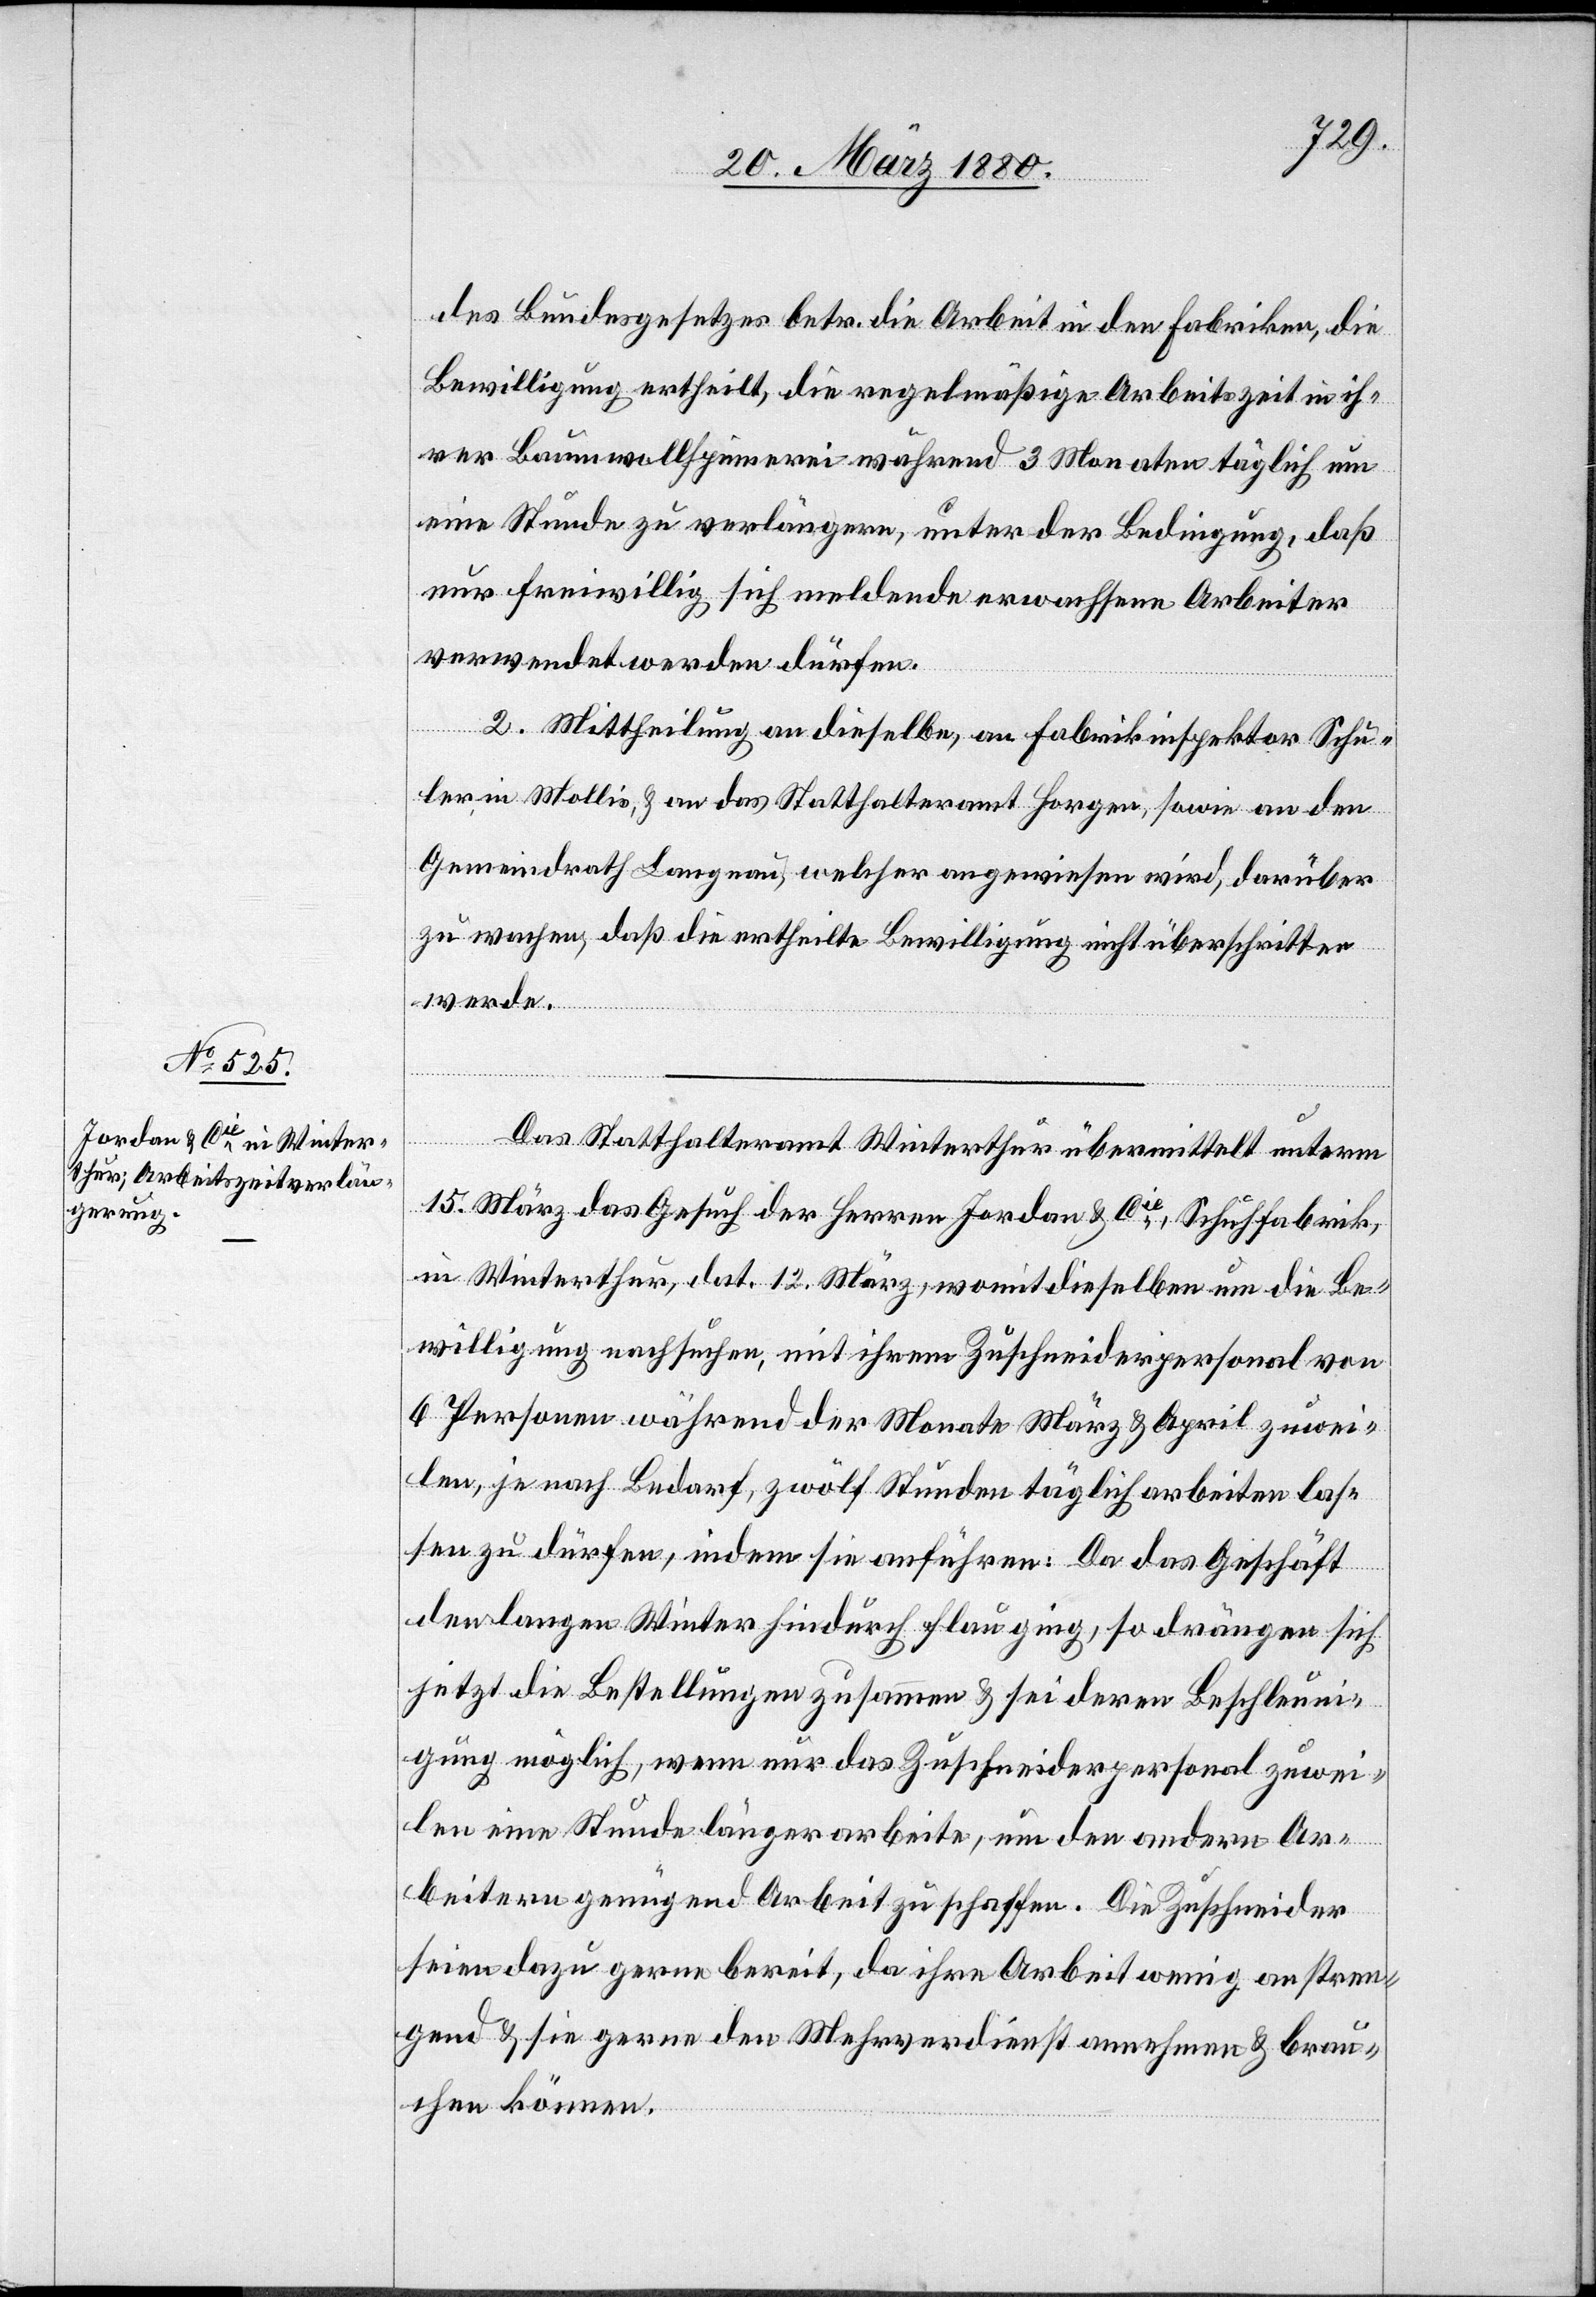
des Bundesgesetzes betr. die Arbeit in den Fabriken, die
Bewilligung ertheilt, die regelmäßige Arbeitszeit in ih¬
rer Baumwollspinnerei während 3 Monaten täglich um
eine Stunde zu verlängern, unter der Bedingung, daß
nur freiwillig sich meldende erwachsene Arbeiter
verwendet werden dürfen.
2. Mittheilung an dieselbe, an Fabrikinspektor Schu¬
ler in Mollis & an das Statthalteramt Horgen, sowie an den
Gemeindrath Langnau, welcher angewiesen wird, darüber
zu wachen, daß die ertheilte Bewilligung nicht überschritten
werde.
Das Statthalteramt Winterthur übermittelt unterm
15. März das Gesuch der Herren Jordan & Cie, Schuhfabrik,
in Winterthur, dat. 12. März, womit dieselben um die Be¬
willigung nachsuchen, mit ihrem Zuschneidepersonal von
6 Personen während der Monate März & April zuwei¬
len, je nach Bedarf, zwölf Stunden täglich arbeiten las¬
sen zu dürfen, indem sie anführen: Da das Geschäft
den langen Winter hindurch flau ging, so drängen sich
jetzt die Bestellungen zusammen & sei deren Beschleuni¬
gung möglich, wenn nur das Zuschneidepersonal zuwei¬
len eine Stunde länger arbeite, um den andern Ar¬
beitern genügend Arbeit zu schaffen. Die Zuschneider
seien dazu gerne bereit, da ihre Arbeit wenig anstren¬
gend & sie gerne den Mehrverdienst annehmen & brau¬
chen können.